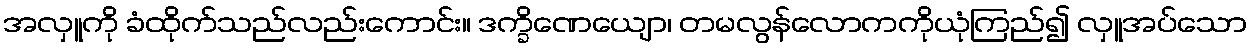
အလှူကို ခံထိုက်သည်လည်းကောင်း။ ဒက္ခိဏေယျော၊ တမလွန်လောကကိုယုံကြည်၍ လှူအပ်သော